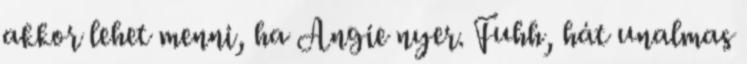
akkor lehet menni, ha Angie nyer. Fuhh, hát unalmas